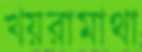
খয়রামাথা